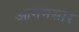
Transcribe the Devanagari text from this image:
आगमसार